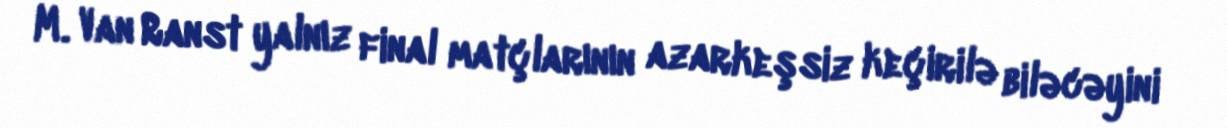
M. Van Ranst yalnız final matçlarının azarkeşsiz keçirilə biləcəyini